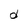
Character: d